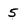
Character: 5